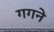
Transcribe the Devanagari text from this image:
गगने